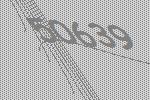
50639